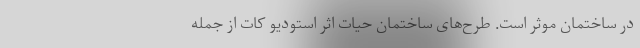
در ساختمان موثر است. طرح‌های ساختمان حیات اثر استودیو کات از جمله